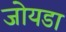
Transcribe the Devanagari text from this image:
जोयडा